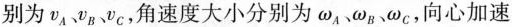
别为\nu _{A}、\nu _{B}、\nu _{C}，角速度大小分别为\omega _{A}、\omega _{B}、\omega _{C}，向心加速